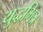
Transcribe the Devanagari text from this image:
युद्धमित्र